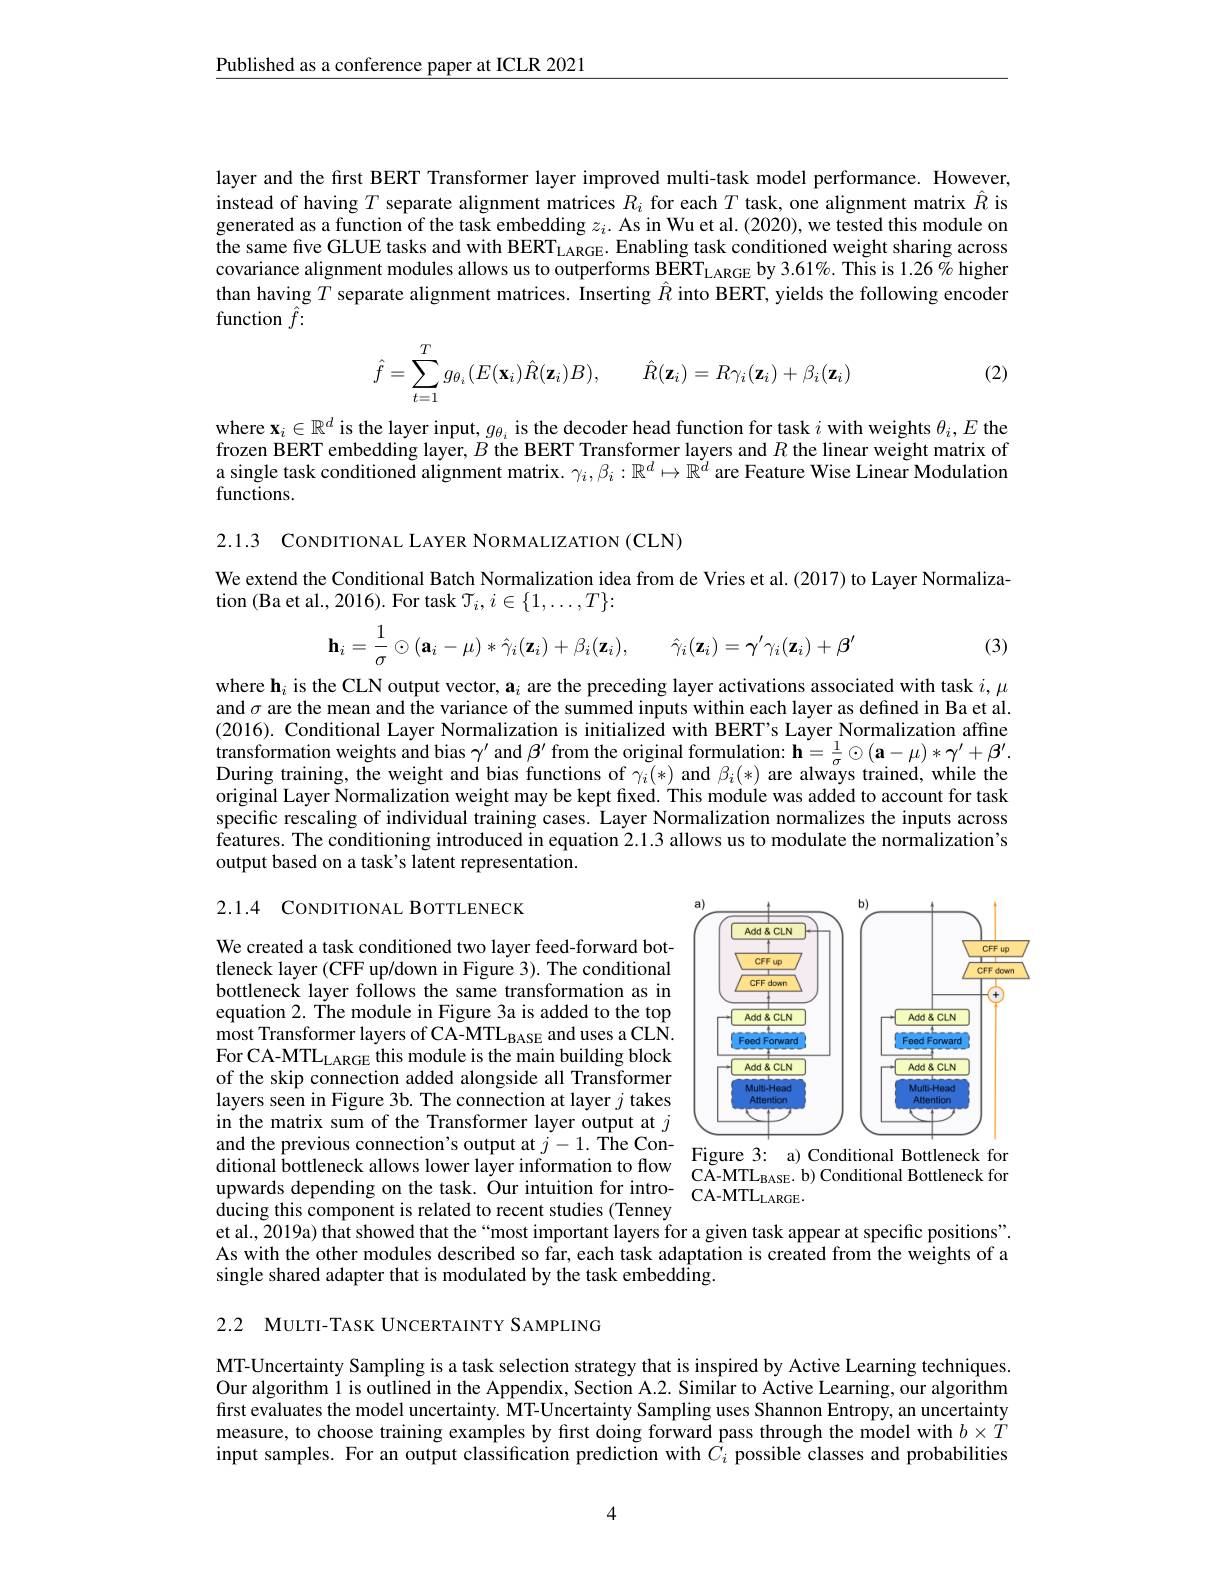
$\underline{\text{Published as a conference paper at ICLR 2021}}$

layer and the first BERT Transformer layer improved multi-task model performance. However, instead of having $T$ separate alignment matrices $R_i$ for each $T$ task, one alignment matrix $\hat{R}$ is generated as a function of the task embedding $z_i.$ As in Wu et al. (2020), we tested this module on the same five GLUE tasks and with BERT$_\mathrm{LARGE}.$ Enabling task conditioned weight sharing across covariance alignment modules allows us to outperforms BERT$_\mathrm{LARGE}$ by 3.61%. This is 1.26% higher than having $T$ separate alignment matrices. Inserting $\hat{R}$ into BERT, yields the following encoder function $\hat{f}:$

(2)
$$\hat{f}=\sum\limits_{t=1}^Tg_{\theta_i}(E(\mathbf{x}_i)\hat{R}(\mathbf{z}_i)B),\quad\hat{R}(\mathbf{z}_i)=R\gamma_i(\mathbf{z}_i)+\beta_i(\mathbf{z}_i)$$
where $\mathbf{x}_i\in\mathbb{R}^d$ is the layer input, $g_\theta_i$ is the decoder head function for task $i$ with weights $\theta_i,E$ the frozen BERT embedding layer, $B$ the BERT Transformer layers and $R$ the linear weight matrix of a single task conditioned alignment matrix. $\gamma_i,\beta_i:\mathbb{R}^d\mapsto\mathbb{R}^d$ are Feature Wise Linear Modulation functions.

2.1.3 CONDITIONAL LAYER NORM

We extend the Conditional Batch Normalization idea from de Vries et al. (2017) to Layer Normaliza-
tion (Ba et al., 2016). For
$$\mathbf{h}_i=\dfrac{1}{\sigma}\odot(\mathbf{a}_i-\mu)*\hat{\gamma}_i(\mathbf{z}_i)+\beta_i(\mathbf{z}_i),\quad\hat{\gamma}_i(\mathbf{z}_i)=\gamma'\gamma_i(\mathbf{z}_i)+\beta'$$
(3)

where h$_i$ is the CLN outpu and $\sigma$ are the mean and the variance of the summed inputs within each layer as defined in Ba et al. (2016). Conditional Layer No transformation weights and b During training, the weight original Layer Normalization specific rescaling of indivi $\hat{\text{features. The conditioni}}$ output based on a task's lat

2.1.4 CONDITIONAL BOTTLENECK

<FigureHere>

We created a task conditione tleneck layer (CFF up/down in Figure 3). The conditional bottleneck layer follows the equation 2. The module in Figure 3a is added to the top most Transformer layers of C For CA-MTL$_\mathrm{LARGE}$ this module is the main building block of the skip connection added layers seen in Figure 3b. The connection at layer $j$ takes in the matrix sum of the Transformer layer output at $j$ ditional bottleneck allows lows lower layer ıntormatıon to flow $\begin{array}{lll}\mathrm{C\tilde{A}-MTL_{BASE}^{\prime}.b)~Conditional~Bottleneck~for}\\\mathrm{upwards~depending~on~the~task.~Our~intuition~for~intro-}&\mathrm{CA-MTL_{LARGE}.}\end{array}$
ducing this component is related to recent studies (Tenney
et al., 2019a) that showed that the “most important layers for a given task appear at specific positions". As with the other modules described so far, each task adaptation is created from the weights of a single shared adapter that is modulated by the task embedding.

2.2 MULTI-TASK UNCERTAINTY SAMPLING

MT-Uncertainty Sampling is a task selection strategy that is inspired by Active Learning techniques. Our algorithm l is outlined in the Appendix, Section A.2. Similar to Active Learning, our algorithm first evaluates the model uncertainty. MT-Uncertainty Sampling uses Shannon Entropy, an uncertainty measure, to choose training examples by first doing forward pass through the model with $b\times\dot{T}$ input samples. For an output classification prediction with $C_i$ possible classes and probabilities

4